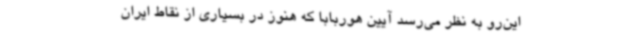
این‌رو به نظر می‌رسد آیین هوربابا که هنوز در بسیاری از نقاط ایران